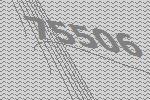
75506